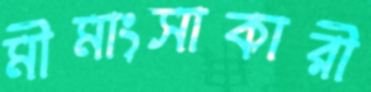
মীমাংসাকারী